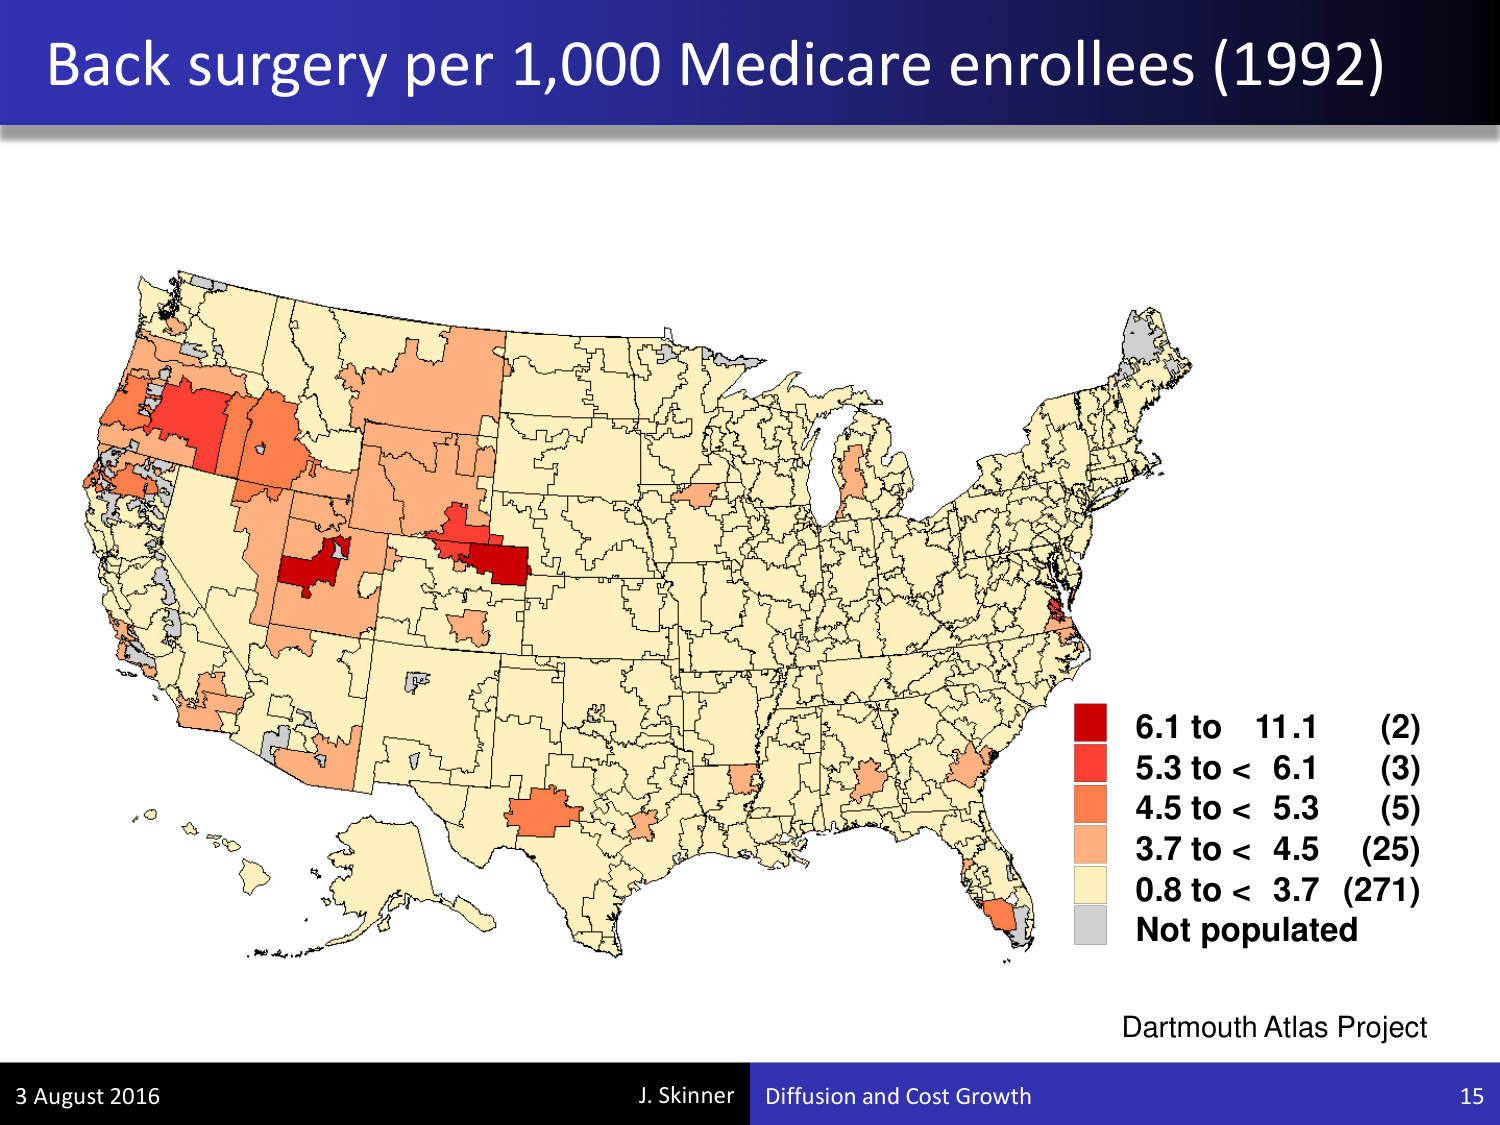
Back surgery per 1,000 Medicare enrollees (1992)

6.1 to 11.1 (2)
5.3 to < 6.1 (3)
4.5 to < 5.3 (5)
3.7 to < 4.5 (25)
0.8 to < 3.7 (271)
Not populated

Dartmouth Atlas Project

3 August 2016
J. Skinner Diffusion and Cost Growth
15